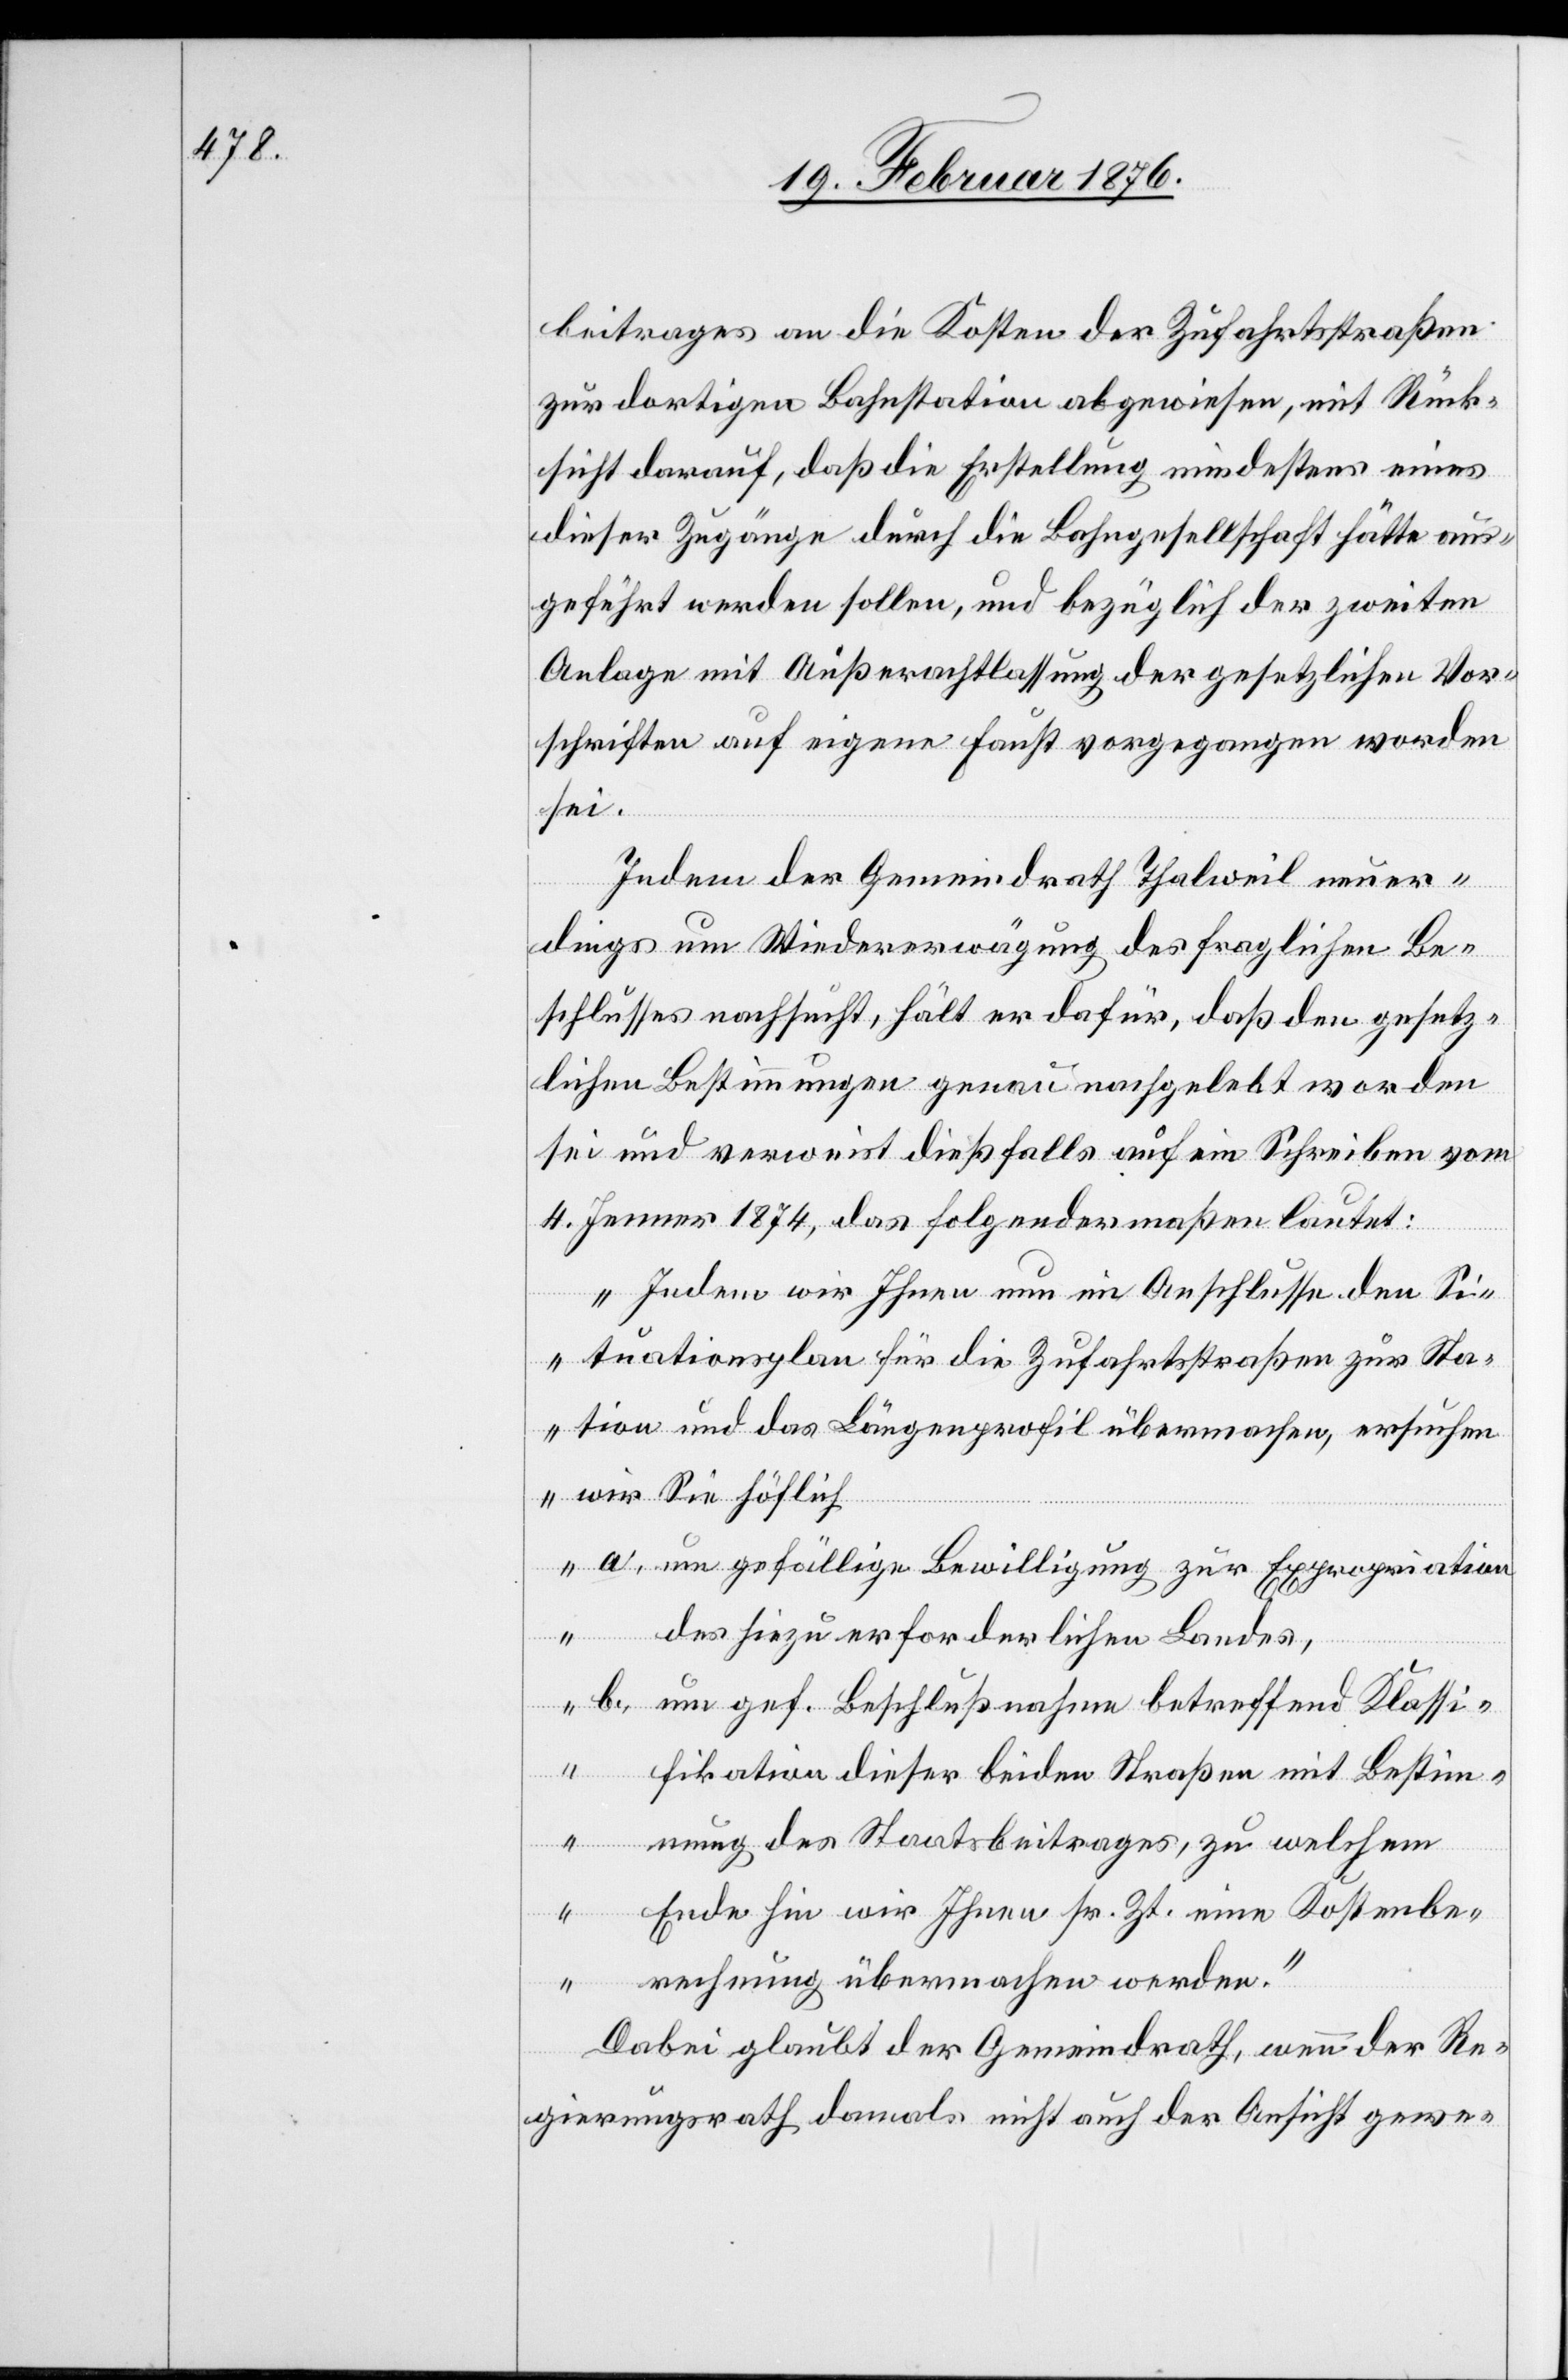
beitrages an die Kosten der Zufahrtsstraßen
zur dortigen Bahnstation abgewiesen, mit Rück¬
sicht darauf, daß die Erstellung mindestens eines
dieser Zugänge durch die Bahngesellschaft hätte aus¬
geführt werden sollen, und bezüglich der zweiten
Anlage mit Außerachtlassung der gesetzlichen Vor¬
schriften auf eigene Faust vorgegangen worden
sei.
Indem der Gemeindrath Thalweil neuer¬
dings um Wiedererwägung des fraglichen Be¬
schlusses nachsucht, hält er dafür, daß den gesetz¬
lichen Bestimmungen genau nachgelebt worden
sei und verweist dießfalls auf ein Schreiben vom
4. Jenner 1874, das folgendermaßen lautet:
„Indem wir Ihnen nun im Anschlusse den Si¬
tuationsplan für die Zufahrtsstraßen zur Sta¬
tion und das Längenprofil übermachen, ersuchen
wir Sie höflich
a. um gefällige Bewilligung zur Expropriation
des hiezu erforderlichen Landes
b. um gef. Beschlußnahme betreffend Klassi¬
fikation dieser beiden Straßen mit Bestim¬
mung des Staatsbeitrages, zu welchem
Ende hin wir Ihnen sr. Zt. eine Kostenbe¬
rechnung übermachen werden.“
Dabei glaubt der Gemeindrath, wenn der Re¬
gierungsrath damals nicht auch der Ansicht gewe-